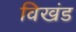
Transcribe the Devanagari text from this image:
विखंड